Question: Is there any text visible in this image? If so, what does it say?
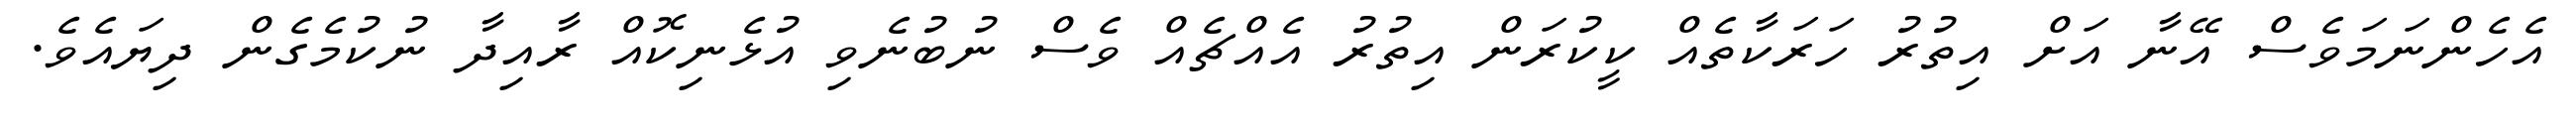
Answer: އެހެންނަމަވެސް އޭނާ އަށް އިތުރު ހަރަކާތެއް ކީކުރަން އިތުރު އެއްޗެއް ވެސް ނުބުނެވި އުޅެނިކޮއް ރާއިދާ ނުކުމެގެން ދިޔައެވެ.